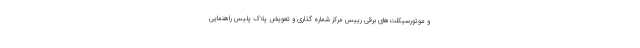
و موتورسیکلت‌های برقی رییس مرکز شماره گذاری و تعویض پلاک پلیس راهنمایی